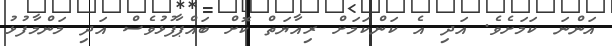
އަންނަ ކަމަށެވެ. އަދި އެ ކަންކަމަށް ރިއާޔަތް ކޮށް ބައްޕާފުޅުވެސް އަދި މަންމާފުޅު